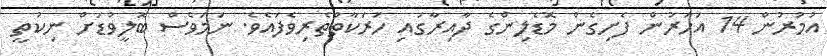
އުމުރުން 14 އަހަރުން ފެށިގެން މޮޑެލިންގެ ދާއިރާގައި ހަރަކާތްތެރިވެފައެވެ. ނަމަވެސް ބޮލީވުޑަށް ނިކުތީ